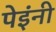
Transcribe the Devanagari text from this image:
पेइंनी